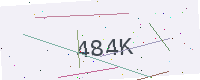
Text: 484K